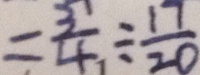
= \frac { 3 } { 4 } \div \frac { 1 7 } { 2 0 }